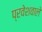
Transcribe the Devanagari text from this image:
प्रवेशवाले